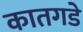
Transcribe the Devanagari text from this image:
कातगडे